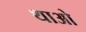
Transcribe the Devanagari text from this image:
थाओ